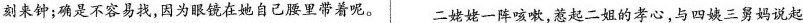
刻来钟；确是不容易找，因为眼镜在她自己腰里带着呢。│二姥姥一阵咳嗽，惹起二姐的孝心，与四姨三舅妈说起